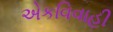
એકવિવાહી